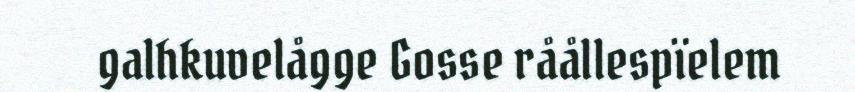
galhkuvelågge Gosse råållespïelem